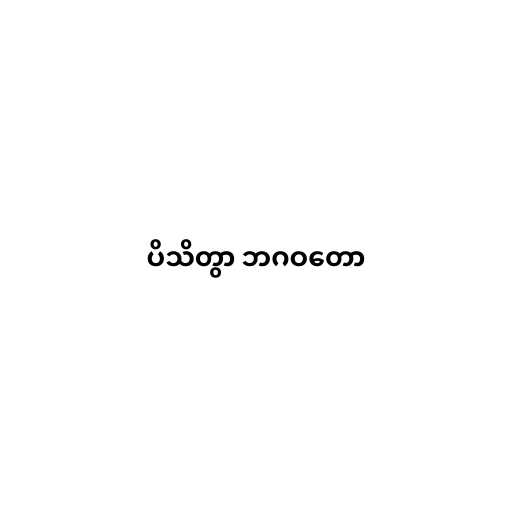
ပိသိတွာ ဘဂဝတော